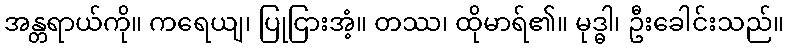
အန္တရာယ်ကို။ ကရေယျ၊ ပြုငြားအံ့။ တဿ၊ ထိုမာရ်၏။ မုဒ္ဓါ၊ ဦးခေါင်းသည်။